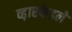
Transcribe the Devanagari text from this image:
व्ह़ारफेडले